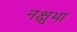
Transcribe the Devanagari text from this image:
नक्षुभा